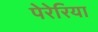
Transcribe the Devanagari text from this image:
पेरेरिया